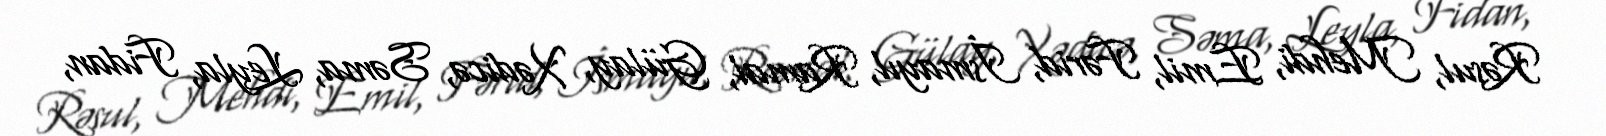
Rəsul, Mehdi, Emil, Fərid, İsmayıl, Ramal, Gülay, Xədicə, Səma, Leyla, Fidan,